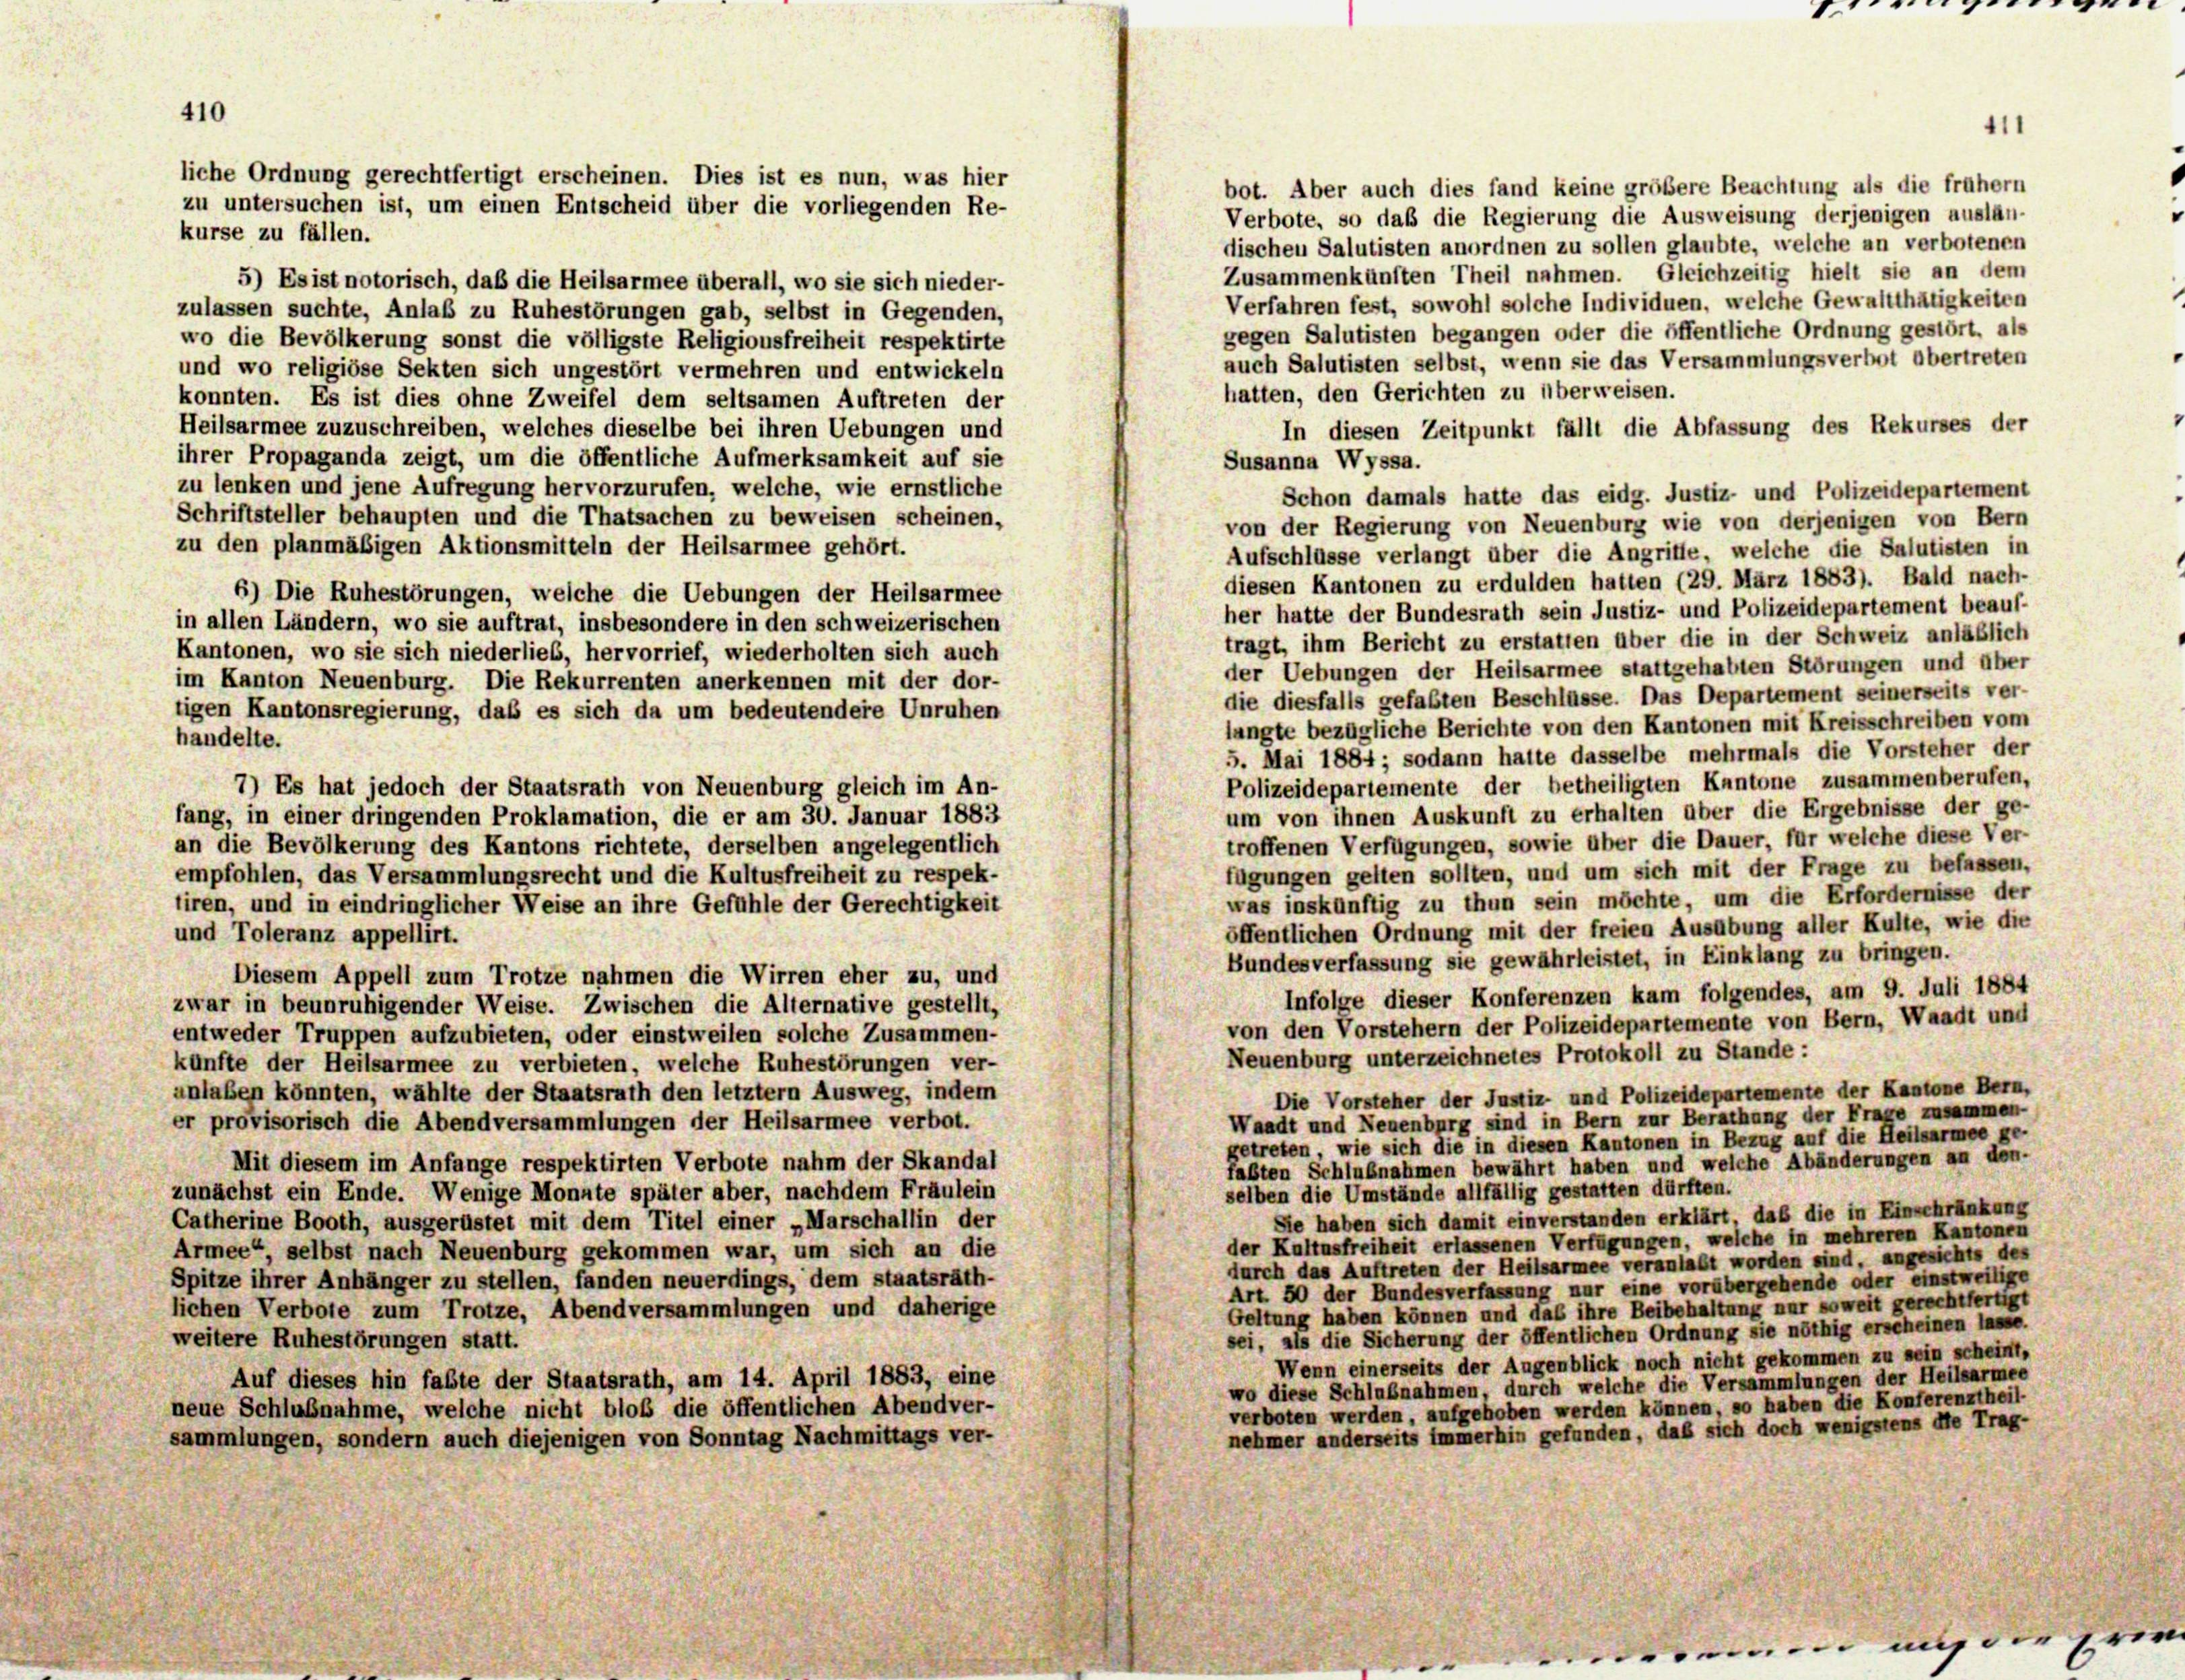
bot. Aber auch dies fand keine größere Beachtung als die frühem
Verbote, so daß die Regierung die Ausweisung derjenigen auslan-
kurse zu fällen.
dischen Salutisten anordnen zu sollen glaubte, welche an verbotenen
Zusammenkünften Theil nahmen. Gleichzeitig hielt sie an dem
5) Es ist notorisch, daß die Heilsarmee überall, wo sie sich nieder-
Verfahren fest, sowohl solche Individuen, welche Gewaltthätigkeiten
zulassen suchte, Anlaß zu Ruhestörungen gab, selbst in Gegenden,
gegen Salutisten begangen oder die öffentliche Ordnung gestört, als
wo die Bevölkerung sonst die völligste Religionsfreiheit respektirte
auch Salutisten selbst, wenn sie das Versammlungsverbot obertreten
und wo religiöse Sekten sich ungestört vermehren und entwickeln
hatten, den Gerichten zu überweisen.
konnten. Es ist dies ohne Zweifel dem seltsamen Auftreten der
Heilsarmee zuzuschreiben, welches dieselbe bei ihren Uebungen und
In diesen Zeitpunkt fällt die Abfassung des Rekurses der
ihrer Propaganda zeigt, um die öffentliche Aufmerksamkeit auf sie
Susanna Wyssa.
zu lenken und jene Aufregung hervorzurufen, welche, wie ernstliche
Schon damals hatte das eidg. Justiz- und Polizeidepartement
Schriftsteller behaupten und die Thatsachen zu beweisen scheinen,
von der Regierung von Neuenburg wie von derjenigen von Bern
zu den planmäßigen Aktionsmitteln der Heilsarmee gehört.
Aufschlüsse verlangt über die Angriffe, welche die Salutisten in
diesen Kantonen zu erdulden hatten (29. März 1883). Bald nach-
6) Die Ruhestörungen, welche die Uebungen der Heilsarmee
her hatte der Bundesrath sein Justiz- und Polizeidepartement beauf-
in allen Ländern, wo sie auftrat, insbesondere in den schweizerischen
tragt, ihm Bericht zu erstatten über die in der Schweiz anläßlich
Kantonen, wo sie sich niederlieb, hervorrief, wiederholten sich auch
der Uebungen der Heilsarmee stattgehabten Störungen und über
im Kanton Neuenburg. Die Rekurrenten anerkennen mit der dor-
die diesfalls gefaßten Beschlüsse. Das Departement seinerseits ver-
tigen Kantonsregierung, daß es sich da um bedeutendere Unruhen
langte bezügliche Berichte von den Kantonen mit Kreisschreiben vom
handelte.
5. Mai 1884 ; sodann hatte dasselbe mehrmals die Vorsteher der
Polizeidepartemente der betheiligten Kantone zusammenberufen,
7) Es hat jedoch der Staatsrath von Neuenburg gleich im An-
um von ihnen Auskunft zu erhalten über die Ergebnisse der ge-
fang, in einer dringenden Proklamation, die er am 30. Januar 1883
troffenen Verfügungen, sowie über die Dauer, für welche diese Ver-
an die Bevölkerung des Kantons richtete, derselben angelegentlich
fügungen gelten sollten, und um sich mit der Frage zu befassen,
empfohlen, das Versammlungsrecht und die Kultusfreiheit zu respek-
was inskünftig zu thun sein möchte, um die Erfordernisse der
tiren, und in eindringlicher Weise an ihre Gefühle der Gerechtigkeit
öffentlichen Ordnung mit der freien Ausübung aller Kulte, wie die
und Toleranz appellirt.
Bundesverfassung sie gewährleistet, in Einklang zu bringen.
Diesem Appell zum Trotze nahmen die Wirren eher zu, und
Infolge dieser Konferenzen kam folgendes, am 9. Juli 1884
zwar in beunruhigender Weise. Zwischen die Alternative gestellt,
von den Vorstehern der Polizeidepartemente von Bern, Waadt und
entweder Truppen aufzubieten, oder einstweilen solche Zusammen-
Neuenburg unterzeichnetes Protokoll zu Stande :
künfte der Heilsarmee zu verbieten, welche Ruhestörungen ver-
anlaßen könnten, wählte der Staatsrath den letztem Ausweg, indem
Die Vorsteher der Justiz und Polizeidepartemente der Kantone Bern,
Waadt und Neuenburg sind in Bern zur Berathung der Frage zusammen.
er provisorisch die Abendversammlungen der Heilsarmee verbot.
getreten, wie sich die in diesen Kantonen in Bezug auf die Heilsarmee ge-
Mit diesem im Anfange respektirten Verbote nahm der Skandal
fabten Schlußnahmen bewährt haben und welche Abänderungen an den-
zunächst ein Ende. Wenige Monnte später aber, nachdem Fräulein
selben die Umstände allfällig gestatten dürften.
Sie haben sich damit einverstanden erklärt, daß die in Einschränkung
Catherine Booth, ausgerüstet mit dem Titel einer „Marschallin der
der Kaltasfreiheit erlassenen Verfügungen, welche in mehreren Kantonen
Armee selbst nach Neuenburg gekommen war, um sich an die
durch das Auftreten der Heilsarmee veranlaßt worden sind, angesichts des
Spitze ihrer Anhänger zu stellen, fanden neuerdings, dem staatsräth-
Art. 50 der Bundesverfassung nur eine vorübergehende oder einstweilige
Geltung haben können und das ihre Beibehaltung nur soweit gerechtfertigt
lichen Verbote zum Trotze, Abendversammlungen und daherige
sei, als die Sicherung der öffentlichen Ordnung sie nöthig erscheinen lasse.
weitere Ruhestörungen statt.
Wenn einerseits der Augenblick noch nicht gekommen zu sein scheint,
Auf dieses hin fabte der Staatsrath, am 14. April 1883, eine
wo diese Schlußnahmen, durch welche die Versammlungen der Heilsarmee
verboten werden, aufgehoben werden können, so haben die Konferenztheil-
neue Schlußnahme, welche nicht bloß die öffentlichen Abendver-
nehmer anderseits immerhin gefunden, daß sich doch wenigstens die Trag-
sammlungen, sondern auch diejenigen von Sonntag Nachmittags ver-

liche Ordnung gerechtfertigt erscheinen. Dies ist es nun, was hier
zu untersuchen ist, um einen Entscheid über die vorliegenden Re-

1.

411

"